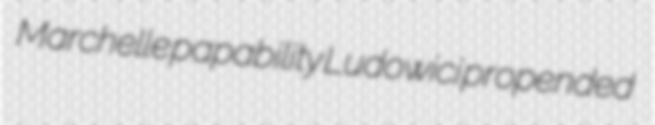
Marchelle papability Ludowici propended